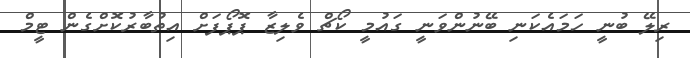
ރިލޭ ބުނީ ހަމައެކަނި ބޭނުންވަނީ ގައުމީ ކޯޗް ވެލިޒާ ޕޮޕޯފަށް އިތުބާރުކޮށްގެން ޓީމް